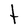
Character: t